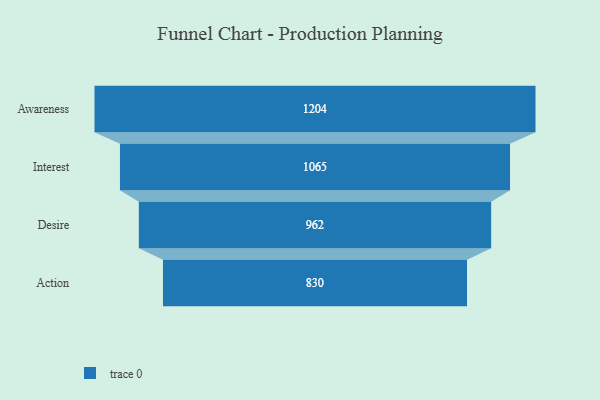
{"axis": {"x": "Stage", "y": "Value"}, "legend": [""], "data": [{"x": "Awareness", "y": 1204.0, "type": ""}, {"x": "Interest", "y": 1065.0, "type": ""}, {"x": "Desire", "y": 962.0, "type": ""}, {"x": "Action", "y": 830.0, "type": ""}]}